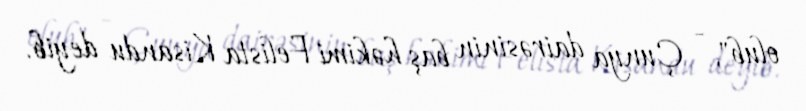
olub", - Çunya dairəsinin baş həkimi Felista Kisandu deyib.